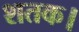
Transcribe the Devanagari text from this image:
शतक।